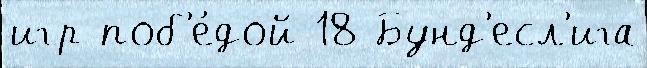
игр поб'е́дой 18 Бунд'есл'ига